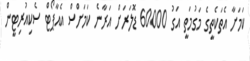
ކަމަށާ އެތަކެތީގެ މަގުމަތީ އަގު 60000 ޑޮލަރަށް އަރާނެ ކަމަށްސް އެއާޕޯޓް ސެކިއުރިޓީން